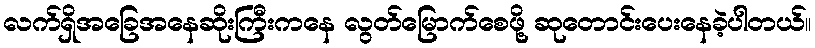
လက်ရှိအခြေအနေဆိုးကြီးကနေ လွတ်မြောက်စေဖို့ ဆုတောင်းပေးနေခဲ့ပါတယ်။